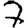
Digit: 7